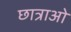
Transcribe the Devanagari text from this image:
छात्राओ